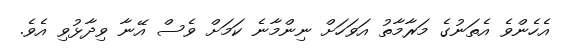
އެހެންވެ އެތަނުގެ މަރާމާތު އަވަހަށް ނިންމާނެ ކަމަށް ވެސް އޭނާ ވިދާޅުވި އެވެ.